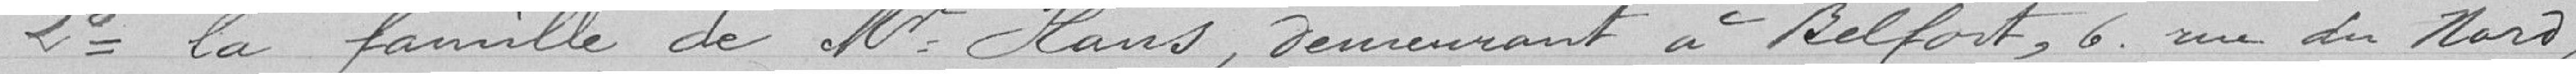
2° la famille de Monsieur Hans, demeurant à Belfort, 6 ru du Nord,